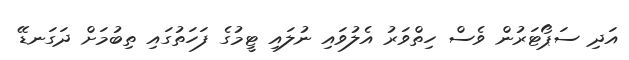
އަދި ސަޕޯޓަރުން ވެސް ހިތްވަރު އެލުވައި ނުލައި ޓީމުގެ ފަހަތުގައި ތިބުމަށް ދަގަނޑޭ